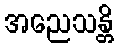
အညေသန္တိ